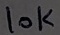
Text: 10K